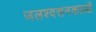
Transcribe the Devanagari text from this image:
जलश्वसनकाओं